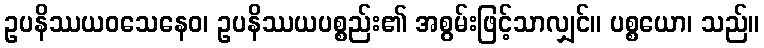
ဥပနိဿယဝသေနေဝ၊ ဥပနိဿယပစ္စည်း၏ အစွမ်းဖြင့်သာလျှင်။ ပစ္စယော၊ သည်။